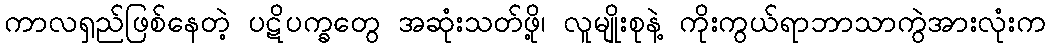
ကာလရှည်ဖြစ်နေတဲ့ ပဋိပက္ခတွေ အဆုံးသတ်ဖို့၊ လူမျိုးစုနဲ့ ကိုးကွယ်ရာဘာသာကွဲအားလုံးက